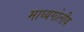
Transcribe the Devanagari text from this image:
माध्यगोलीय